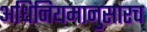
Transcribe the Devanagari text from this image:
अधिनियमानुसारच